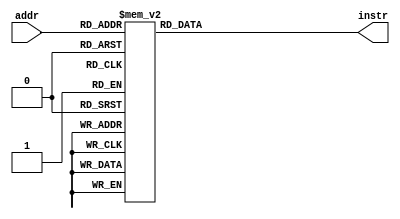
// debugged from rom_test_mem2

/*
# memory instructions test 2
# by Thomas Yiu

# first sw and lw from set 0
# then sw and lw from set 1 with same index
# then sw and lw which kicks one of the sets out
# restore the original 

addiu $1, $0, 1
addu $2, $1, $1
addu $3, $2, $1
addu $4, $2, $2
addu $5, $3, $2
addu $6, $3, $3
addu $7, $4, $3

lui $21, 0x0040
# 23, 22, and 21 are in the same cache line
ori $23, $21, 0x0118
ori $22, $21, 0x0110
ori $21, $21, 0x0100
sw $1, 0($21)  # mem[0x10000100] <= 1
sw $2, 0($22)  # mem[0x10000110] <= 2
lw $12, 0($22) # R12 <= 2
sw $3, 0($23)  # mem[0x10000118] <= 3
lw $11, 0($21) # R11 <= 1
lw $13, 0($23) # R13 <= 3

lui $24, 0x0050
ori $25, $24, 0x0110
ori $26, $24, 0x0118
ori $24, $24, 0x0100
sw $4, 0($24)  # mem[0x20000100] <= 1
sw $5, 0($25)  # mem[0x20000110] <= 2
sw $6, 0($26)  # mem[0x20000118] <= 3
lw $14, 0($24) # R14 <= 4
lw $15, 0($25) # R15 <= 5
lw $16, 0($26) # R16 <= 6


lui $27, 0x0060
ori $27, $27, 0x0110
sw $7, 0($27)  # mem[0x30000100] <= 7
lw $17, 0($27) # R17 <= 7, will kick out one of the cache lines


lw $24, 0($24) # R24 <= 4
lw $22, 0($22) # R22 <= 2
lw $25, 0($25) # R25 <= 5
lw $21, 0($21) # R21 <= 1
lw $27, 0($27) # R27 <= 7
*/

module rom_test_mem2b (addr, instr);

  input [5:0] addr;
  output [31:0] instr;
  reg [31:0] instr;

  // addresses converted from 32 bit byte-addressable
  // to 23-bit word-addressable
  always @ (addr)
    begin
      case(addr)
	   'h00: instr <= 32'h24010001;	// addiu $1, $0, 1	  
	   'h01: instr <= 32'h00211021;
	   'h02: instr <= 32'h00411821;
	   'h03: instr <= 32'h00422021;
 	   'h04: instr <= 32'h00622821;	  
	   'h05: instr <= 32'h00633021;   
	   'h06: instr <= 32'h00833821;
	   'h07: instr <= 32'h3c150040;
	   'h08: instr <= 32'h36b70118;
	   'h09: instr <= 32'h36b60110;	  
	   'h0A: instr <= 32'h36b50100;	  
	   'h0B: instr <= 32'haea10000;			
	   'h0C: instr <= 32'haec20000;			
	   'h0D: instr <= 32'h8ecc0000;			  
	   'h0E: instr <= 32'haee30000;			   
	   'h0F: instr <= 32'h8eab0000;			  
	   'h10: instr <= 32'h8eed0000;	   
	   'h11: instr <= 32'h3c180050;			 
	   'h12: instr <= 32'h37190110;			  
	   'h13: instr <= 32'h371a0118;			   
	   'h14: instr <= 32'h37180100;			    
	   'h15: instr <= 32'haf040000;				
	   'h16: instr <= 32'haf250000;				 
	   'h17: instr <= 32'haf460000;
	   'h18: instr <= 32'h8f0e0000;
	   'h19: instr <= 32'h8f2f0000;
	   'h1a: instr <= 32'h8f500000;
	   'h1b: instr <= 32'h3c1b0060;
	   'h1c: instr <= 32'h377b0110;
	   'h1d: instr <= 32'haf670000;
	   'h1e: instr <= 32'h8f710000;
	   'h1f: instr <= 32'h8f180000;
	   'h20: instr <= 32'h8ed60000;
	   'h21: instr <= 32'h8f390000;
	   'h22: instr <= 32'h8eb50000;
	   'h23: instr <= 32'h8f7b0000;
	   default: begin
	     instr <= 32'b0; 
          //$display("Invalid ROM address: %h", addr);
	   end
	 endcase
    end
	 
endmodule